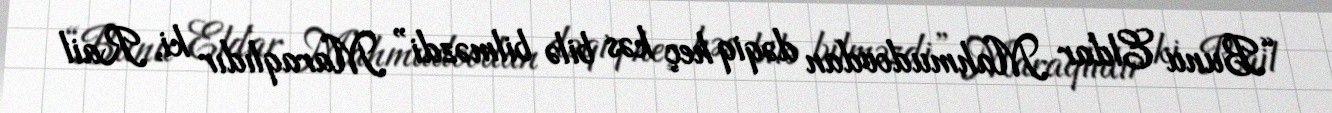
“Bunu Eldar Mahmudovdan dəqiq heç kəs bilə bilməzdi” Maraqlıdır ki, Rail